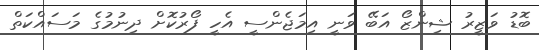
ބޮޑު ވަޒީރު ޝިންޒޯ އަބޭ ވަނީ އިމަޖެންސީ އެހީ ފޯރުކޮށް ދިނުމުގެ މަސައްކަތް